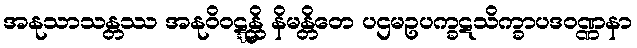
အနုသာသန္တဿ အနုဝိဝဋ္ဋန္တိ နိမန္တိတေ ပဌမဥပက္ခဋသိက္ခာပဒဝဏ္ဏနာ